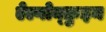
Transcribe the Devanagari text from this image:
ऐल्गोन्क़ुइन